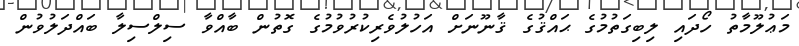
މަޢުލޫމާތު ހޯދައި ލިބިގަތުމުގެ ޙައްޤުގެ ޤާނޫނަށް އަހުލުވެރިކުރުވުމުގެ ގޮތުން ބާއްވާ ސިލްސިލާ ބައްދަލުވުން